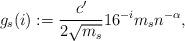
LaTeX: \begin{align*}g_s (i) :=\frac{c'}{2\sqrt{m_s}} 16^{-i}m_s n^{-\alpha},\end{align*}